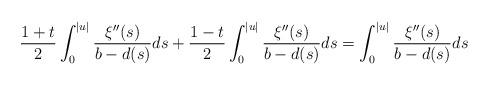
LaTeX: \begin{align*}\frac{1+t}{2} \int_0^{|u|} \frac{\xi''(s)}{ {b}- {d}(s)} ds+ \frac{1-t}{2} \int_0^{|u|} \frac{\xi''(s)}{ {b}- {d}(s)} ds=\int_{0}^{|u|}\frac{\xi''(s)}{ {b}- {d}(s)} ds\end{align*}